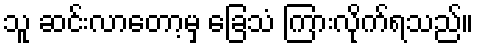
သူ ဆင်းလာတော့မှ ခြေသံ ကြားလိုက်ရသည်။